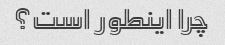
چرا اینطور است؟